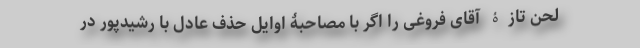
لحن تازۀ آقای فروغی را اگر با مصاحبۀ اوایل حذف عادل با رشید‌پور در